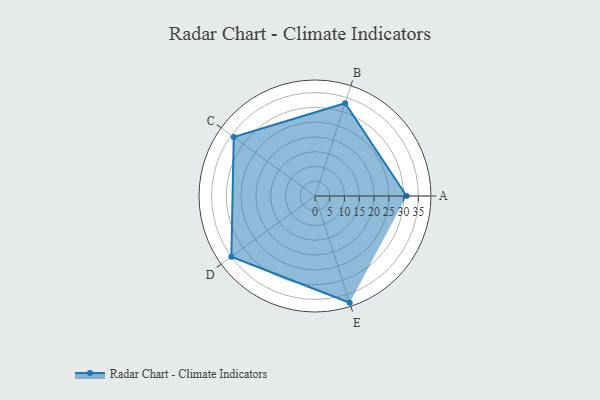
{"axis": {"x": "Skill", "y": "Score"}, "legend": ["Profile"], "data": [{"x": "A", "y": 31.0, "type": "Profile"}, {"x": "B", "y": 33.0, "type": "Profile"}, {"x": "C", "y": 34.0, "type": "Profile"}, {"x": "D", "y": 35.0, "type": "Profile"}, {"x": "E", "y": 38.0, "type": "Profile"}]}